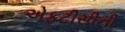
એફટીસીની